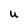
Character: U